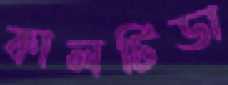
কালটিডা